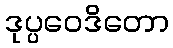
ဒုပ္ပဝေဒိတော